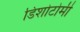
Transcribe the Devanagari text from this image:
डिशोटोमी